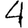
Digit: 4